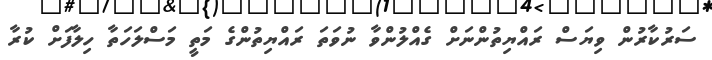
ސަރުކާރުން ވިޔަސް ރައްޔިތުންނަށް ގެއްލުންވާ ނުވަތަ ރައްޔިތުންގެ މަތީ މަސްލަހަތާ ހިލާފަށް ކުރާ